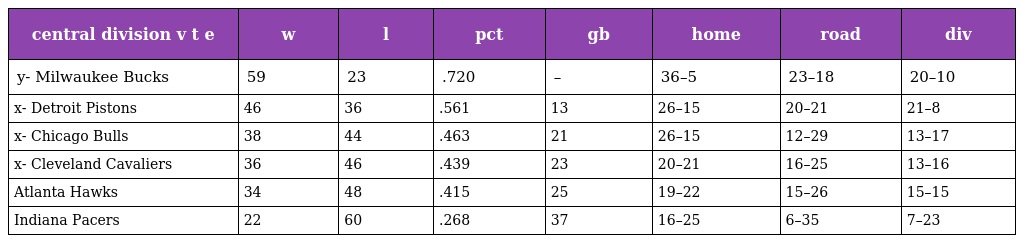
| central division v t e | w | l | pct | gb | home | road | div |
 | --- | --- | --- | --- | --- | --- | --- | --- |
 | y- Milwaukee Bucks | 59 | 23 | .720 | – | 36–5 | 23–18 | 20–10 |
 | x- Detroit Pistons | 46 | 36 | .561 | 13 | 26–15 | 20–21 | 21–8 |
 | x- Chicago Bulls | 38 | 44 | .463 | 21 | 26–15 | 12–29 | 13–17 |
 | x- Cleveland Cavaliers | 36 | 46 | .439 | 23 | 20–21 | 16–25 | 13–16 |
 | Atlanta Hawks | 34 | 48 | .415 | 25 | 19–22 | 15–26 | 15–15 |
 | Indiana Pacers | 22 | 60 | .268 | 37 | 16–25 | 6–35 | 7–23 |